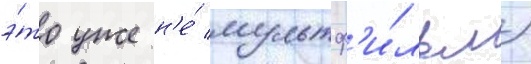
э́то уже н'е́ мультф'и́льм)